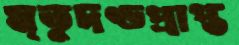
মৃতুদণ্ডপ্রাপ্ত